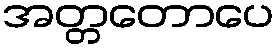
အတ္တတောပေ